Report of the Hyderabad Chloroform Commission
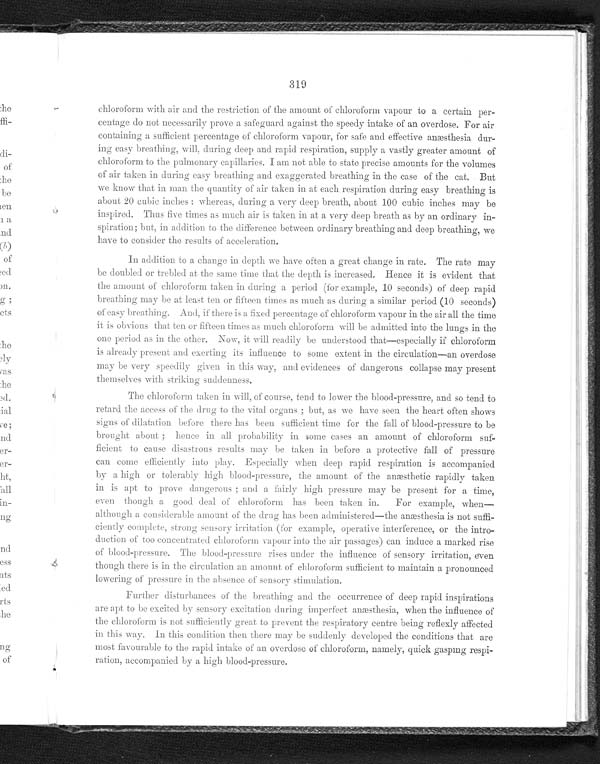
319
chloroform with air and the restriction of the amount of chloroform vapour to a certain per
- c e n t a g e d o n o t n e c e s s a r i l y p r o v e a s a f e g u a r d a g a i n s t t h e s p e e d y i n t a k e o f a n o v e r d o s e . F o r a i r
containing a sufficient percentage of chloroform vapour, for safe and effective anæsthesia dur
- i n g e a s y b r e a t h i n g , w i l l , d u r i n g d e e p a n d r a p i d r e s p i r a t i o n , s u p p l y a v a s t l y g r e a t e r a m o u n t o f
chloroform to the pulmonary capillaries. I am not able to state precise amounts for the volumes
of air taken in during easy breathing and exaggerated breathing in the case of the cat. But
we know that in man the quantity of air taken in at each respiration during easy breathing is
about 20 cubic inches: whereas, during a very deep breath, about 100 cubic inches may be
inspired. Thus five times as much air is taken in at a very deep breath as by an ordinary in
- s p i r a t i o n ; b u t , i n a d d i t i o n t o t h e d i f f e r e n c e b e t w e e n o r d i n a r y b r e a t h i n g a n d d e e p b r e a t h i n g , w e
have to consider the results of acceleration..
In addition to a change in depth we have often a great change in rate. The rate may
be doubled or trebled at the same time that the depth is increased. Hence it is evident that
the amount of chloroform taken in during a period (for example, 10 seconds) of deep rapid
breathing may be at least ten or fifteen times as much as during a similar period (10 seconds)
of easy breat hi ng. And, i f t here i s a fi xed percent age of chl oroform vapour i n t he ai r al l t he t i me
i t i s obvi ous t hat t en or f i f t een t i mes as much chl or of or m wi l l be admi t t ed i nt o t he l ungs i n t he
one period as in the other. Now, it will readily he understood that—especially if chloroform
is already present and exerting its influence to some extent in the circulation—an overdose
may be very speedily given in this way, and evidences of dangerous collapse may present
themselves with striking suddenness.
The chloroform taken in will, of course, tend to lower the blood-pressure, and so tend to
retard the access of the drug to the vital organs; but, as we have seen the heart often shows
signs of dilatation before there has been sufficient time for the fall of blood-pressure to be
brought about; hence in all probability in some cases an amount of chloroform suf-
ficient to cause disastrous results may be taken in before a protective fall of pressure
can come efficiently into play. Especially when deep rapid respiration is accompanied
by a high or tolerably high blood-pressure, the amount of the anæsthetic rapidly taken
in is apt to prove dangerous; and a fairly high pressure may be present for a time,
even though a good deal of chloroform has been taken in. For example, when
—
although a considerable amount of the drug has been administered—the anæsthesia is not suffi-
ciently sensory irritation (for example, operative interference, or the intro
-duction of too concentrated chloroform vapour into the air passages) can induce a marked rise
of blood-pressure. The blood-pressure rises under the influence of sensory irritation, even
though there is in the circulation an amount of chloroform sufficient to maintain a pronounced
l owe r i ng of pr e s s ur e i n t he a bs e nc e of s e ns or y s t i mul a t i on.
Further disturbances of the breathing and the occurrence of deep rapid inspirations
are apt to he excited by sensory excitation during imperfect anæsthesia, when the influence of
t he chl or of or m i s not s uf f i ci ent l y gr eat t o pr event t he r es pi r at or y cent r e bei ng r ef l exl y af f ect ed
in this way. In this condition then there may he suddenly developed the conditions that are
most favourable to the rapid intake of an overdose of chloroform, namely, quick gaspmg respi
-ration, accompanied by a high blood-pressure.